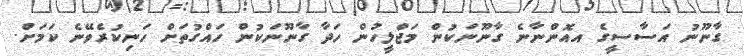
ގާނޫނު އަސާސީގެ އއޮންނާނެ ގާނޫނަކުން މަޖްލީހުން ހަދާ ގާނޫނަކުން ހައްގުތަށް ހަނިކުރެވޭނެ ކަމަށް.